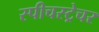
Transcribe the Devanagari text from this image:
स्पीचस्ट्रेचर